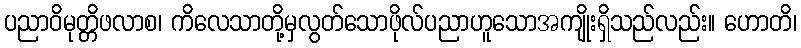
ပညာဝိမုတ္တိဖလာစ၊ ကိလေသာတို့မှလွတ်သောဖိုလ်ပညာဟူသောအကျိုးရှိသည်လည်း။ ဟောတိ၊